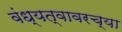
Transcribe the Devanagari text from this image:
वंध्यत्वावरच्या